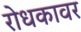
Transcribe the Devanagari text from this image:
रोधकावर